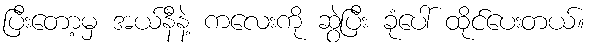
ပြီးတော့မှ အယ်နီနဲ့ ကလေးကို ဆွဲပြီး ခုံပေါ် ထိုင်ပေးတယ်။